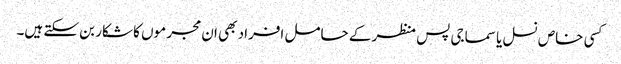
کسی خاص نسل یا سماجی پس منظر کے حامل افراد بھی ان مجر موں کا شکار بن سکتے ہیں۔